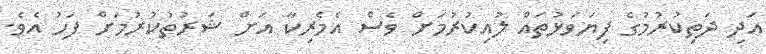
އަދި ދަތިކުރުމުގެ ފިޔަވަޅުތައް ލުއިކުރުމަށް ވެސް އެމެރިކާ އަށް ޝަރުތުކުރުމަށް ފަހު އެވެ.